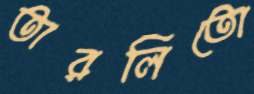
তারলিতো